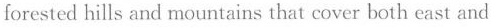
forested hills and mountains that cover both east and